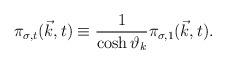
LaTeX: \begin{align*}{\pi}_{{\sigma},t}({\vec k},t) \equiv \frac{1}{\cosh{\vartheta}_k}{\pi}_{{\sigma},1}({\vec k},t).\end{align*}